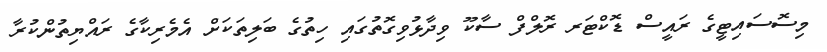
މިސޮސައިޓީގެ ރައީސް ޑޮކްޓަރ ރޮލްފް ސާކޫ ވިދާޅުވިގޮތުގައި ހިތުގެ ބަލިތަކަށް އެމެރިކާގެ ރައްޔިތުންކުރާ